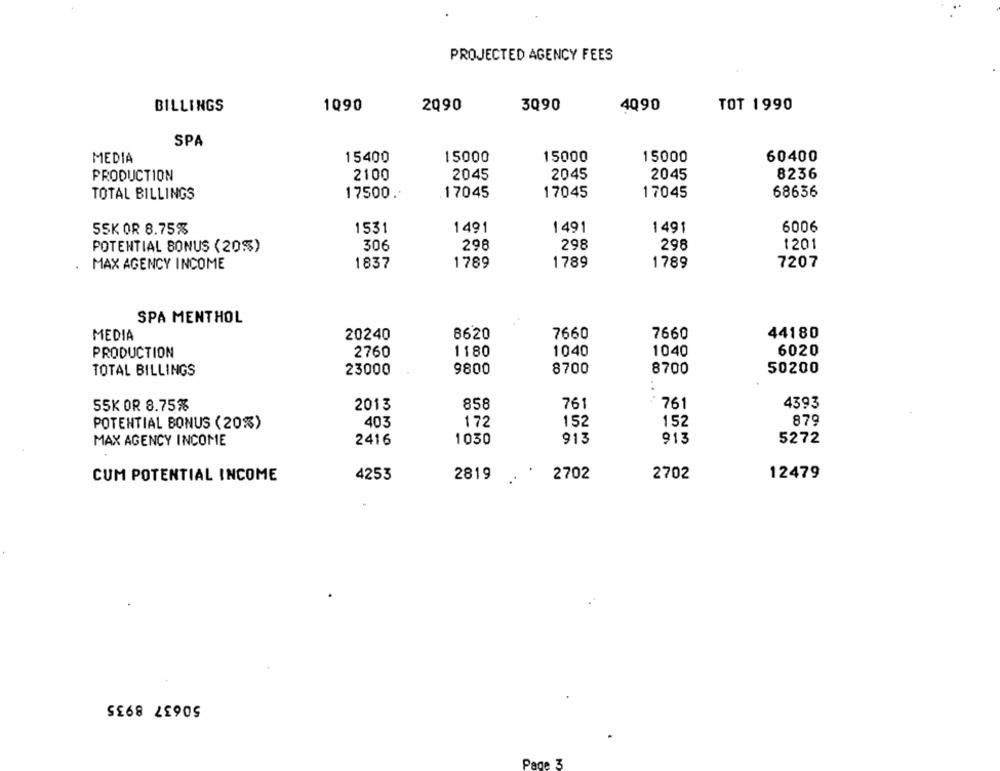
PROJECTED AGENCY FEES
BILLINGS
1090
2090
3Q90
4Q90
TOT 1990
SPA
MEDIA
15400
15000
15000
15000
60400
PRODUCTION
2100
2045
2045
2045
8236
17500 ..
17045
17045
68636
TOTAL BILLINGS
17045
SSK OR 8.75%
1531
1491
1491
1491
6006
POTENTIAL BONUS (20%)
306
298
298
298
1201
MAX AGENCY INCOME
1837
1789
1789
1789
7207
SPA MENTHOL
MEDIA
20240
8620
7660
7660
44180
PRODUCTION
2760
1180
1040
1040
6020
23000
9800
8700
8700
50200
TOTAL BILLINGS
SSK OR 8.75%
2013
858
761
761
4393
POTENTIAL BONUS (20%)
403
172
152
152
879
913
913
5272
MAX AGENCY INCOME
2416
1030
CUM POTENTIAL INCOME
4253
2819
2702
2702
12479
50637 8935
Pade 3